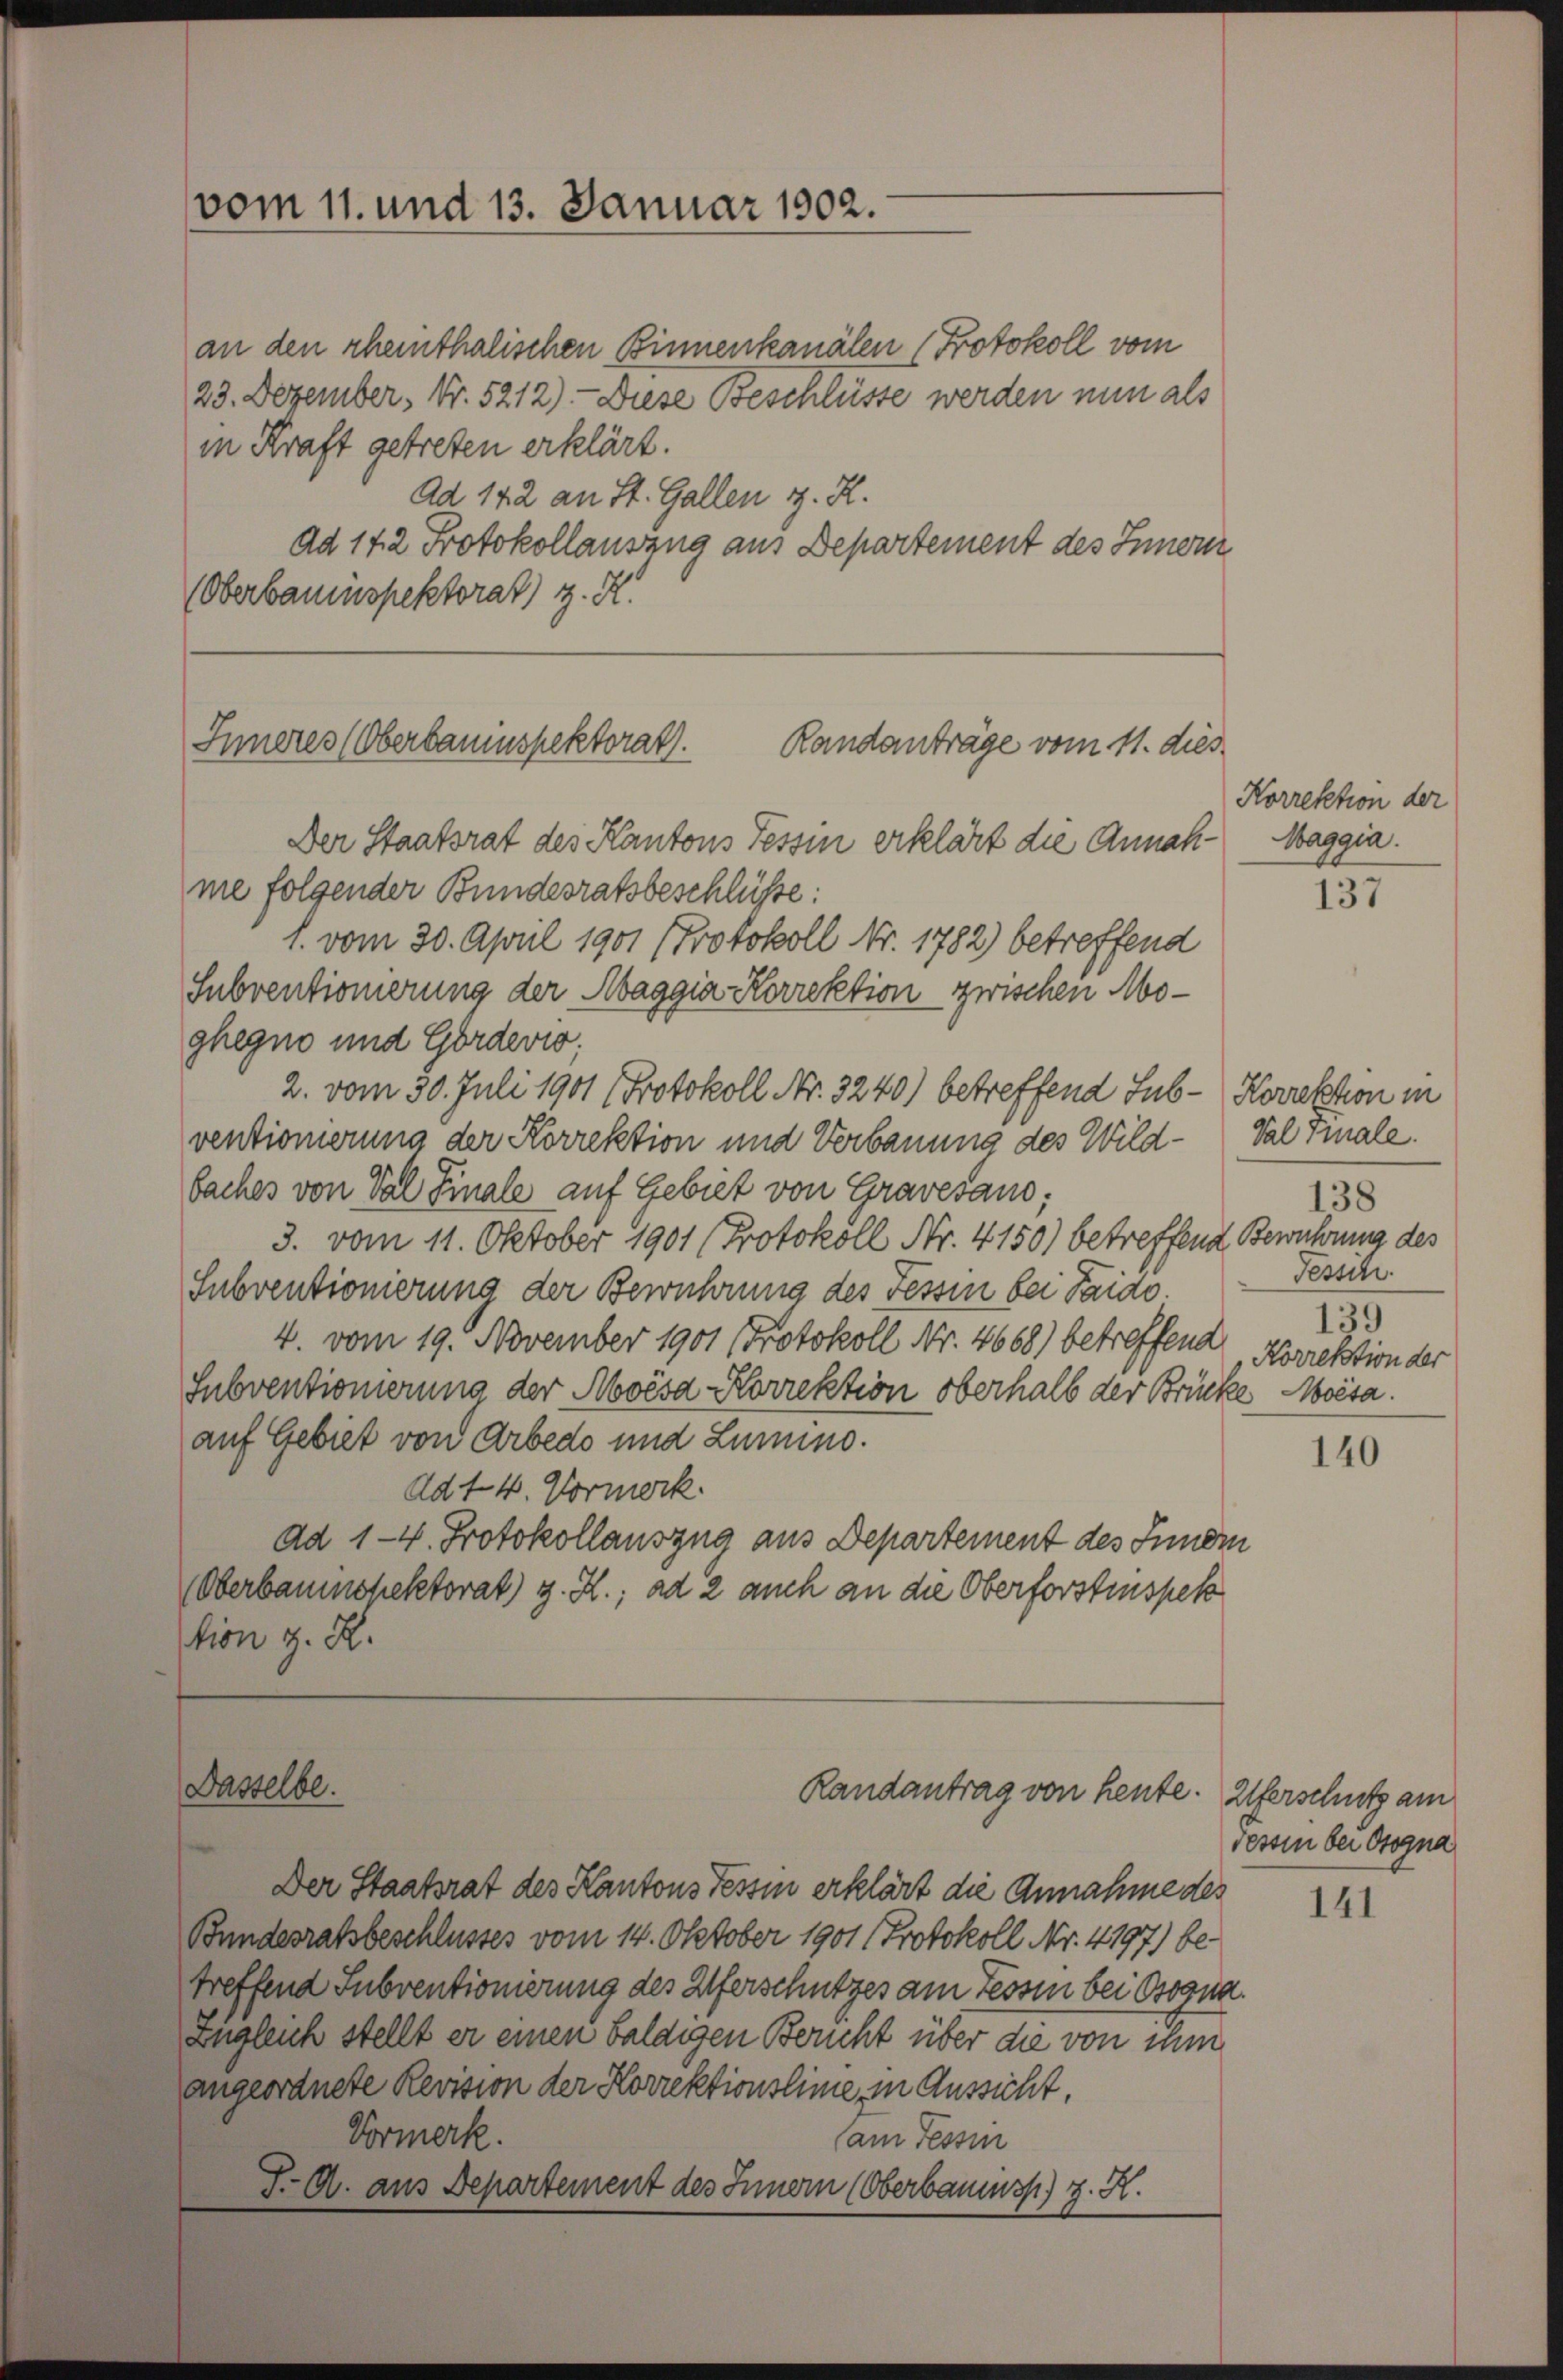
vom 11. und 13. Januar 1902.

an den rheinthalischen Binnenkanälen Protokoll vom
23. Dezember, Nr. 5212). - Diese Beschlüsse werden nun als
in Kraft getreten erklärt.
Ad 142 an St. Gallen z. R.
ad 172 Protokollauszug aus Departement des Innern
(Oberbauinspektorat) z. K.

Inneres (Oberbauinspektorat.
Randanträge vom 11. dies

Dasselbe.

Randantrag von heute. Alferschutz am

Der Staatsrat des Kantons Tessin erklärt die Annah-Maggia.
me folgender Bundesratsbeschlüsse:
1. vom 30. April 1901 (Protokoll Nr. 1782) betreffend
Subventionierung der Maggia Korrektion zwischen Moghegno und Gordevio;
2. vom 30. Juli 1901 (Protokoll Nr. 3240) betreffend Sub - Korrektion in
ventionierung der Korrektion und Verbauung des Wildbaches von Val Finale auf Gebiet von Gravesand;
3. vom 11. Oktober 1901 (Protokoll Nr. 4150) betreffend Bewuhrung des
Subventionierung der Bewuhrung des Tessin bei Taido.
4. vom 19. November 1901 (Protokoll Nr. 4668) betreffend Norrektion der
Subventionierung der Moisa Korrektion oberhalb der Brücke besa.
auf Gebiet von Arbedo und Lumino.
Ad 14. Vormerk.
dd 1-4. Protokollauszug aus Departement des Innern
Oberbaumspektorat) z. R.; ad 2 auch an die Oberforstinspek
tion z. R.

Der Staatsrat des Kantons Tessin erklärt die Annahme des
Bundesratsbeschlusses vom 14. Oktober 1901 (Protokoll Nr. 4197) betreffend Subventionierung des Uferschutzes am Tessin bei Bogna.
Zugleich stellt er einen baldigen Bericht über die von ihm
angeordnete Revision der Korrektionslinie in Aussicht,
Vormerk.
(am Tessin
J. A. aus Departement des Innern (Oberbaus) z. K.

Korrektion der

137

Val Tale.
138
Tessin.
159

140

dessen bei Otogna

141